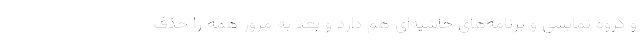
و گروه نمایشی و برنامه‌های حاشیه‌ای هم دارد و بعد به مرور همه را حذف